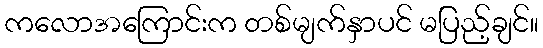
ကလောအကြောင်းက တစ်မျက်နှာပင် မပြည့်ချင်။